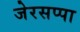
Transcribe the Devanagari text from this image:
जेरसप्पा